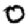
Digit: 0